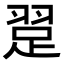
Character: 𬚃